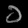
Digit: ၁